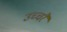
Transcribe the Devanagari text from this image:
उच्‍चरै